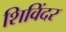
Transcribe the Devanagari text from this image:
शिविंदर